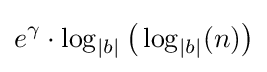
e^{\gamma }\cdot \log _{|b|}{\big (}\log _{|b|}(n){\big )}